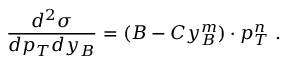
\frac { d ^ { 2 } \sigma } { d p _ { T } d y _ { B } } = ( B - C y _ { B } ^ { m } ) \cdot p _ { T } ^ { n } ~ .